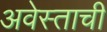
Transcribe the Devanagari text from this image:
अवेस्ताची